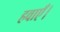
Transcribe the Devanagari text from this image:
हवाएँ।